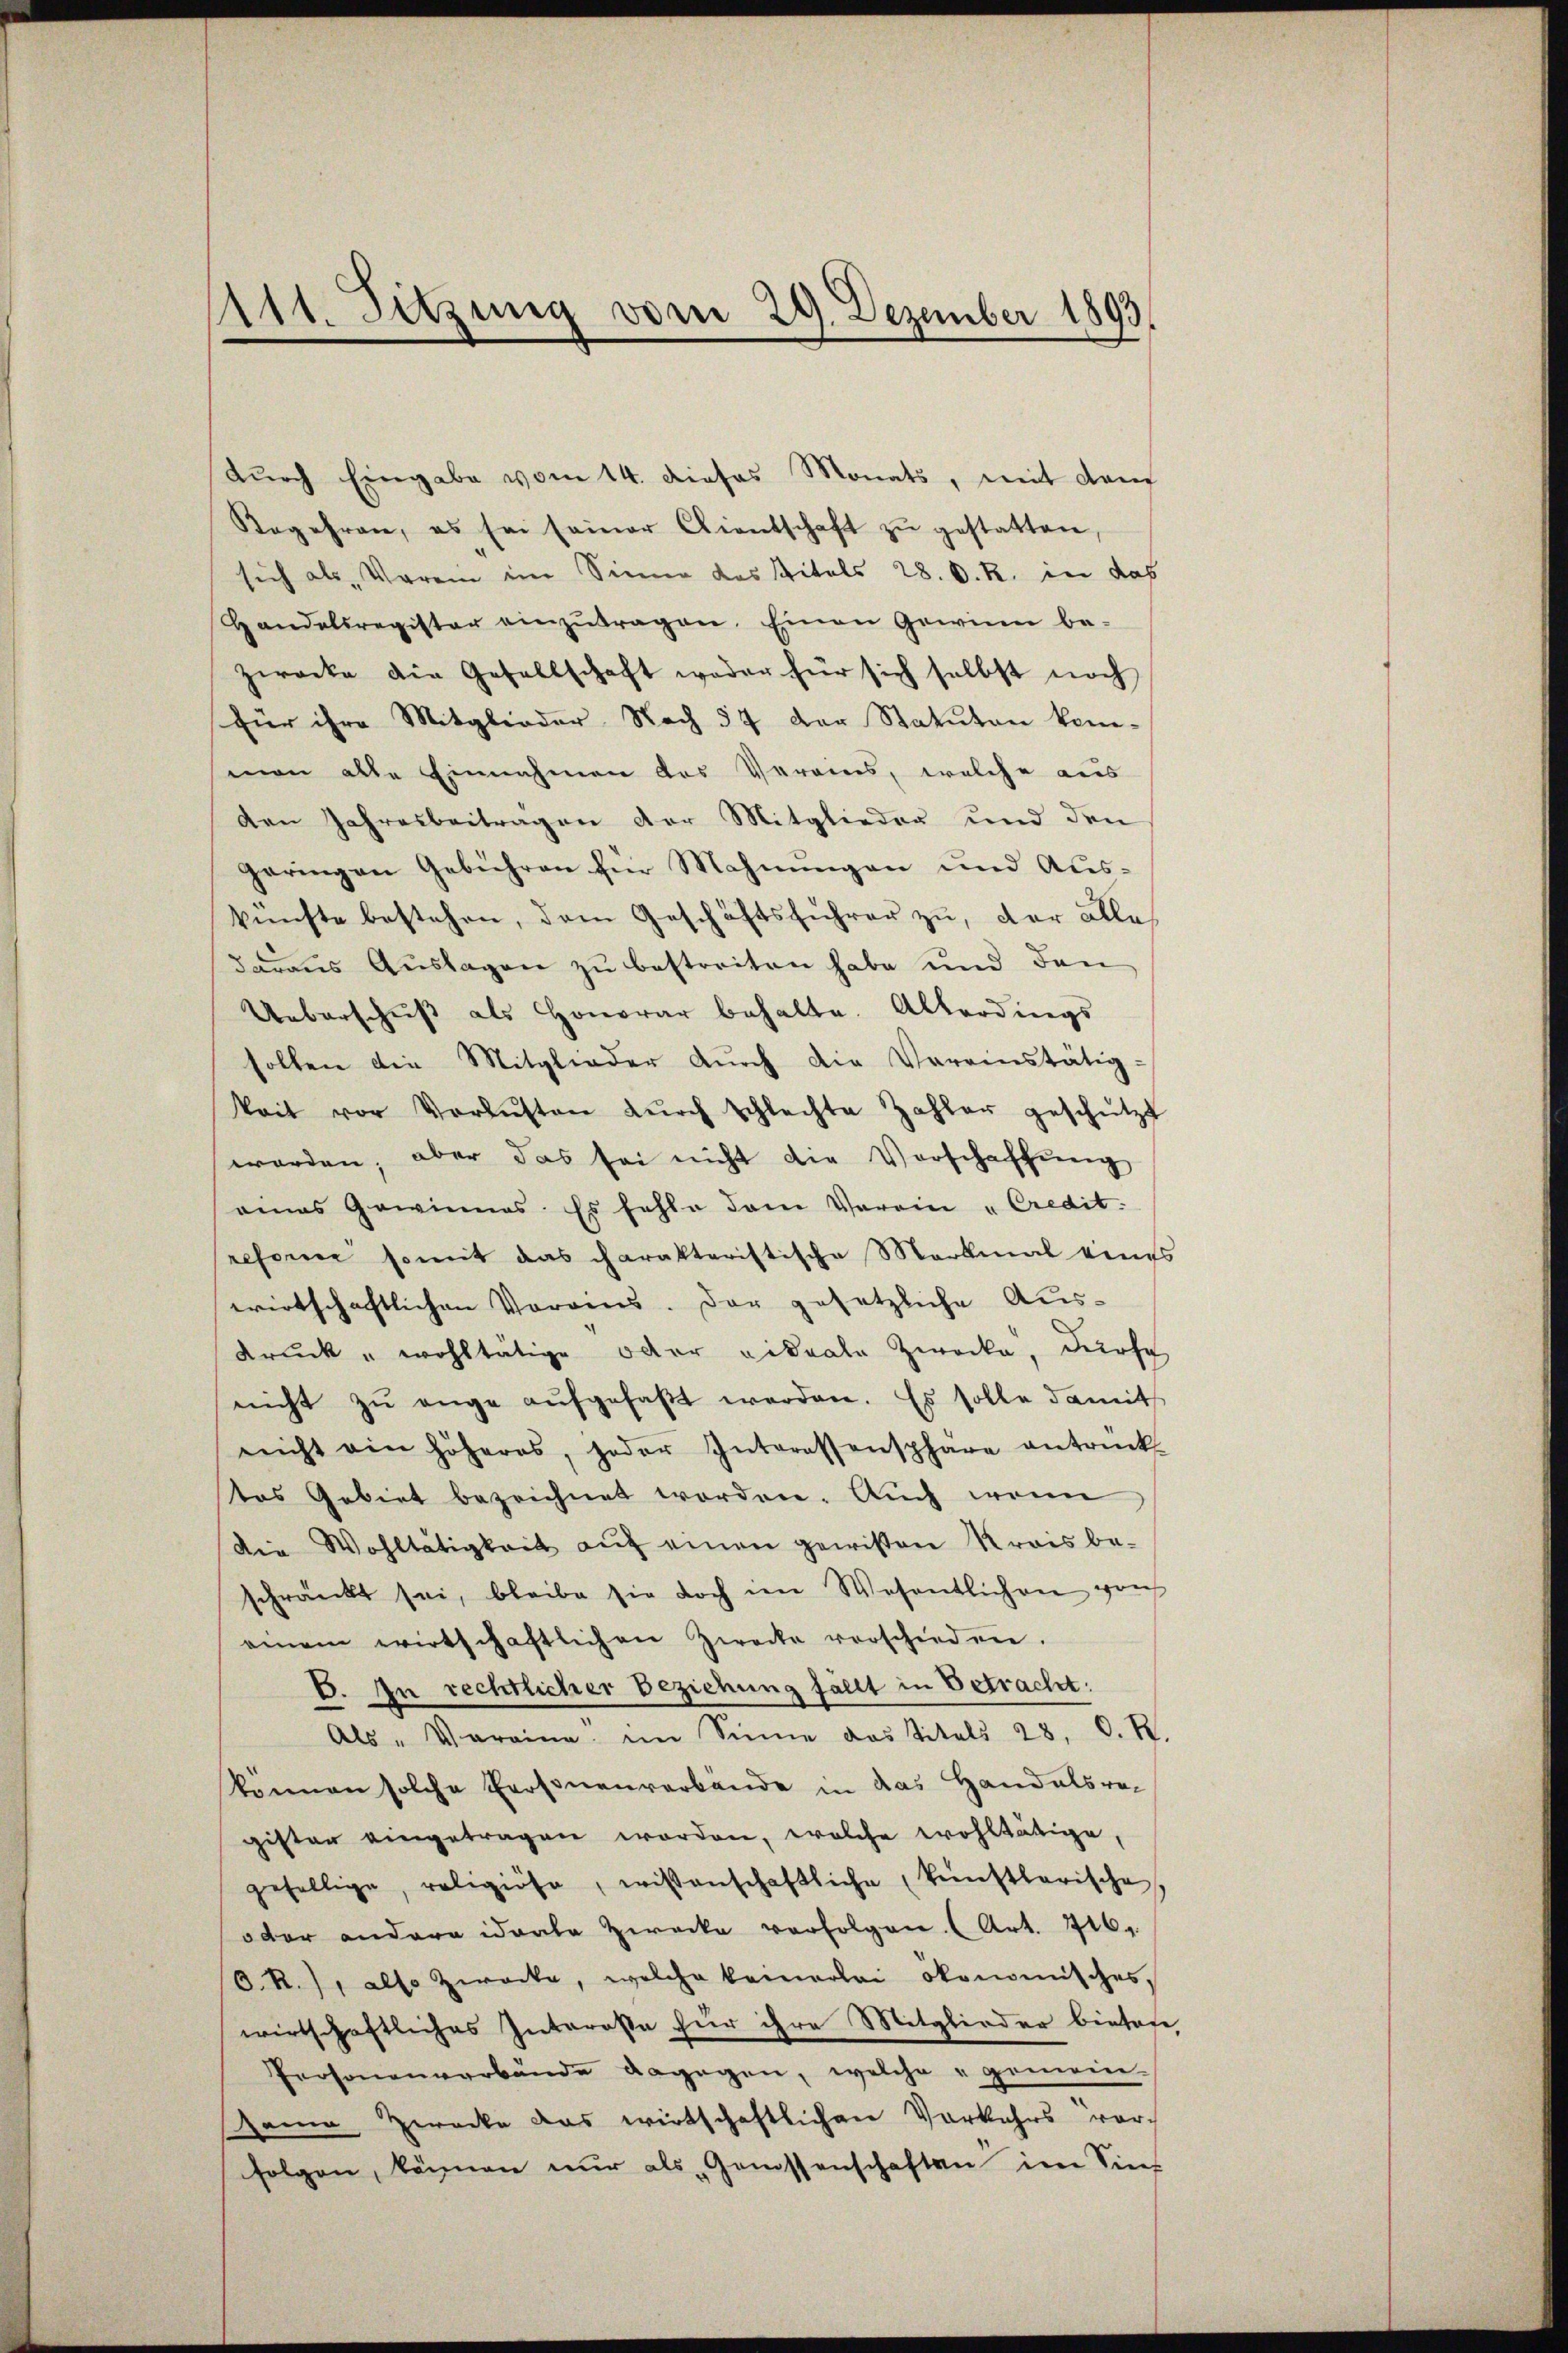
111. Setzung vom 29. Dezember 1893.

durch Eingabe vom 14. dieses Monats, mit dem
Begehren, es sei seiner Clientschaft zŭ gestatten,
sich als Verein im Sinne das Vitals 28. d. R. in das
Handelsregister einzŭtragen. Einen Gewinn be-
zwecke die Gesellschaft weder für sich selbst noch
für ihre Mitglieder Nach 57 der Statuten kom-
man alle Einnahmen des Vereins, welche aus
den Jahresbeiträgen der Mitglieder und den
geringen Gebühren für Mahnungen und Auskünfte bestehen, dem Geschäftsführer zu, der alle
daraus Auslagen zu bestreiten habe und den
Ueberschŭβ als Honorar behalte. Allerdings
sollen die Mitglieder dŭrch die Vereinstätig-
keit vor Verlusten dŭrch schlechte Zahler geschützt
worden, aber das sei nicht die Vorschaffŭng
eines Gewinnes. Es fehle dem Verein „Credit.
reforme somit das charakteristische Merkmal eines
wirtschaftlichen Vorains. Der gesetzliche Aus-
drŭck " wohltätige oder videale Zwecke, dürfe
nicht zu enge aufgefaßt werden. Es solle damit
nicht ein höheres, jeder Interessensphäre antrück-
tes Gebiet bezeichnet worden. Auch wenn
die Wohltätigkeit auf einen gewissen Krais beschränkt sei, bleibe sie doch im Wesentlichen grich
einem wirtschaftlichen Zwecke verschieden.
E. In rechtlicher Beziehung fällt in Betracht:
Als " Vereine im Sinne das Titels 28. O. R.
können solche Personenverbande in das Handelsregister eingetragen worden, welche wohltätige,
gefällige, religiöse, wissenschaftliche künstlerische,
oder andere dorte Zwecke verfolgen. (Art. 716.
OR.), also Zwecke, welche keinerlei ökonomisches,
wirtschaftliches Interose für ihre Mitglieder bintafe
Personenverbande dagegen, welche „gemein-
seine Zwecke das wirtschaftlichen Vorkehrs vor-
folgen, können nur als „Genossenschaften im Sin